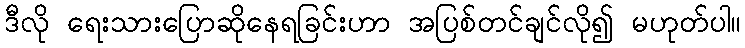
ဒီလို ရေးသားပြောဆိုနေရခြင်းဟာ အပြစ်တင်ချင်လို၍ မဟုတ်ပါ။